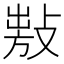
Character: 𢾍